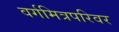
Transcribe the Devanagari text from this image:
वर्गमित्रपरिवर